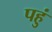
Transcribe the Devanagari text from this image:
पहुं